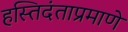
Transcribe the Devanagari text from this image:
हस्तिदंताप्रमाणे